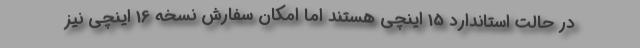
در حالت استاندارد 15 اینچی هستند اما امکان سفارش نسخه 16 اینچی نیز